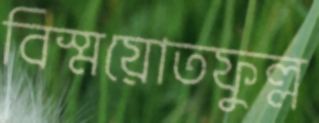
বিস্ময়োতফুল্ল